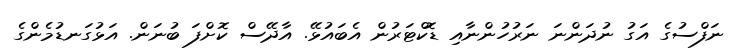
ނަފްސުގެ އަގު ނުދަންނަ ނަރުހުންނާއި ޑޮކްޓަރުން އެބައުޅޭ. އާދޭސް ކޮށްފަ ބުނަން. އަޅުގަނޑުމެންގެ